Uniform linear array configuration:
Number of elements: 8
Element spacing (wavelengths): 0.25
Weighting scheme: kaiser
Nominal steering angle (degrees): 0
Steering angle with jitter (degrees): -1.78
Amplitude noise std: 0.05
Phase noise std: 0.05

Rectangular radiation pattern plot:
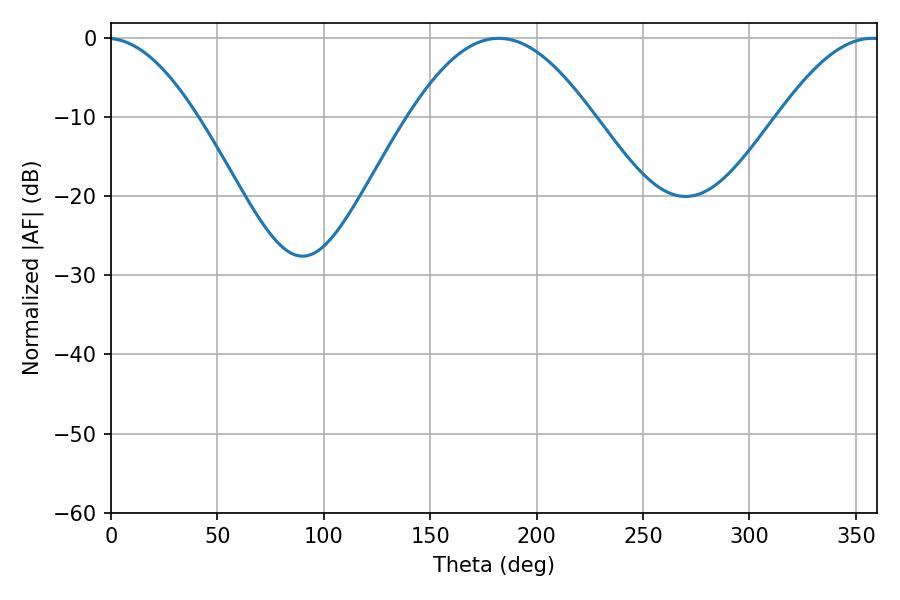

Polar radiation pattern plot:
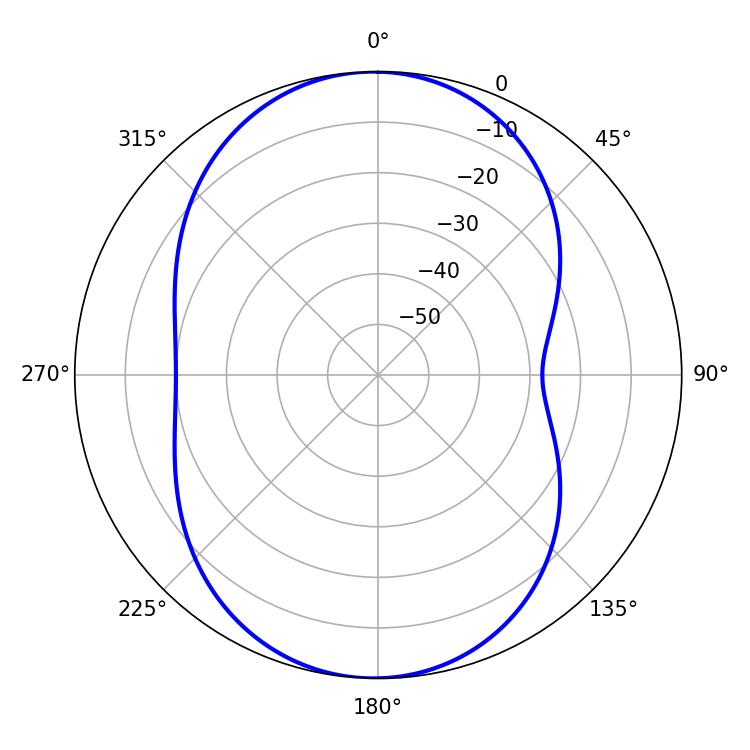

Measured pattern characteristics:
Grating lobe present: FALSE
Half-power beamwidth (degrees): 46.8
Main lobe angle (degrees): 182.16